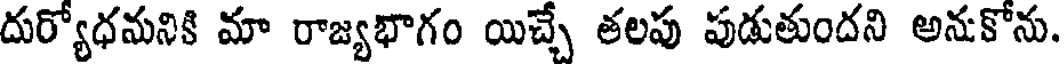
దుర్యోధనునికి మా రాజ్యభాగం యిచ్చే తలపు పుడుతుందని అనుకోను.